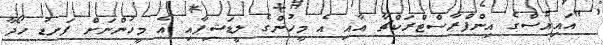
"އައިއެސްގެ އިންފްރާސްޓްރަކްޗާ އާއި އެ މީހުންގެ ލީޑަޝިޕާއި އެ މީހުންނަށް ފަނޑު ހޯދާ